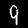
Label: 9